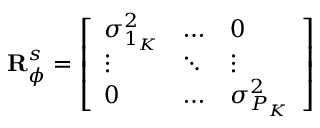
\mathbf { R } _ { \phi } ^ { s } = \left[ \begin{array} { l l l } { \sigma _ { 1 _ { K } } ^ { 2 } } & { \hdots } & { 0 } \\ { \vdots } & { \ddots } & { \vdots } \\ { 0 } & { \hdots } & { \sigma _ { P _ { K } } ^ { 2 } } \end{array} \right]